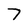
Character: 7